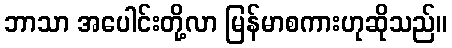
ဘာသာ အပေါင်းတို့လာ မြန်မာစကားဟုဆိုသည်။